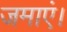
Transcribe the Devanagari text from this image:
जमाएं।